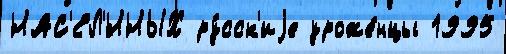
НАС'ЕЛ'́ННЫХ ру́сск'иjе уроже́нцы 1995